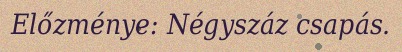
Előzménye: Négyszáz csapás.